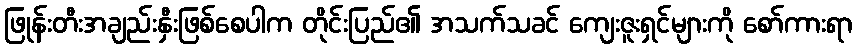
ဖြုန်းတီးအချည်းနှီးဖြစ်စေပါက တိုင်းပြည်၏ အသက်သခင် ကျေးဇူးရှင်များကို စော်ကားရာ